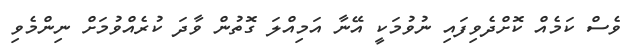
ވެސް ކަމެއް ކޮށްދެވިފައި ނުވުމަކީ އޭނާ އަމިއްލަ ގޮތުން ވާދަ ކުރެއްވުމަށް ނިންމެވި